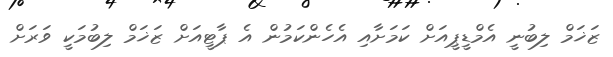
ޒަޚަމް ލިބުނީ އެމްޑީޕީއަށް ކަމަށާއި އެހެންކަމުން އެ ޕާޓީއަށް ޒަޚަމް ލިބުމަކީ ވަރަށް